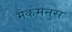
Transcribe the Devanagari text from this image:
मैकमनुस